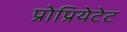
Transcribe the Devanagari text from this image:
प्रोप्रियेटेट